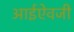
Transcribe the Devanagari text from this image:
आईऐवजी